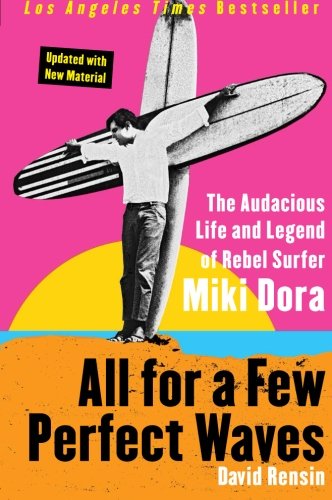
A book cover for All for a Few Perfect Waves: The Audacious Life and Legend of Rebel Surfer Miki Dora; David Rensin; Mystery, Thriller & Suspense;